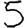
Digit: 5